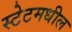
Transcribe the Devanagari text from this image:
स्टेटमधील